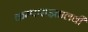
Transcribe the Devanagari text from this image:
कम्पासइतालवी